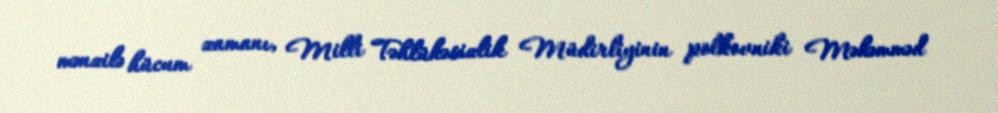
mənzilə hücum zamanı, Milli Təhlükəsizlik Müdirliyinin polkovniki Məhəmməd